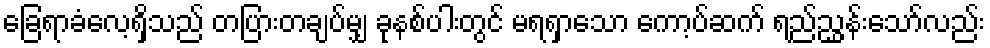
ခြေရာခံလေ့ရှိသည် တပြားတချပ်မျှ ခုနစ်ပါးတွင် မရရှာသော ကော့ပ်ဆက် ရည်ညွှန်းသော်လည်း